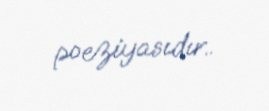
poeziyasıdır..